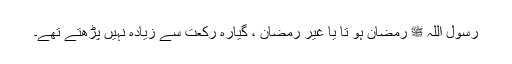
رسول اللہ ﷺ رمضان ہو تا یا غیر رمضان ، گیارہ رکعت سے زیادہ نہیں پڑھتے تھے۔